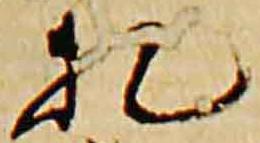
札